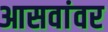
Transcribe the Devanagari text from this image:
आसवांवर